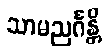
သာမညင်္ဂန္တိ